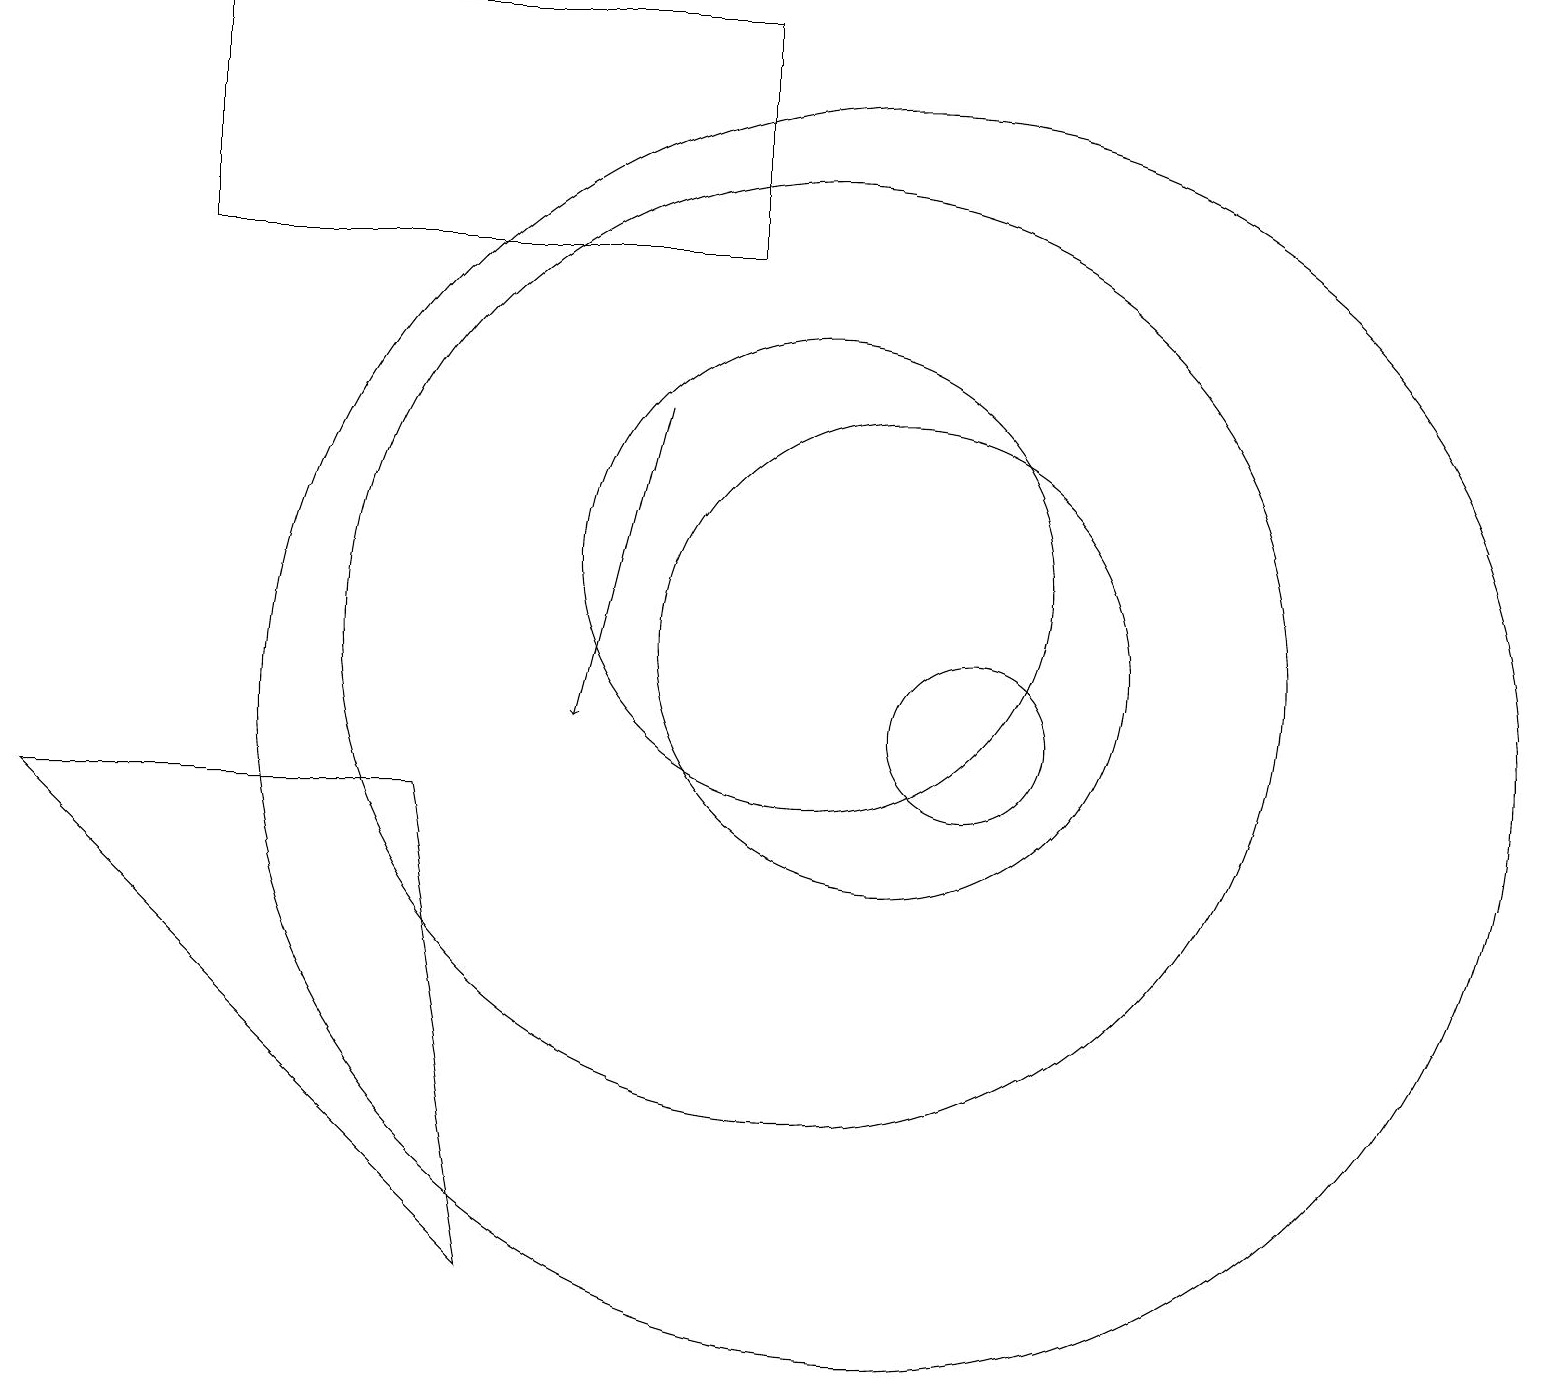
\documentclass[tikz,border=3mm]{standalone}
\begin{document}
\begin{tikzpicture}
\draw (12,10) circle (1);
\draw[->] (8,14) -- (7,10);
\draw (2,16) rectangle (9,19);
\draw (11,11) circle (3);
\draw (10,11) circle (6);
\draw (0,9) -- (5,9) -- (6,3) -- cycle;
\draw (11,10) circle (8);
\draw (10,12) circle (3);
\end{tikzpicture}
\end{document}